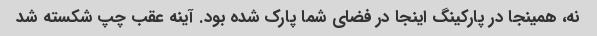
نه، همینجا در پارکینگ اینجا در فضای شما پارک شده بود. آینه عقب چپ شکسته شد